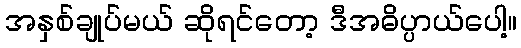
အနှစ်ချုပ်မယ် ဆိုရင်တော့ ဒီအဓိပ္ပာယ်ပေါ့။